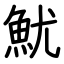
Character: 魷